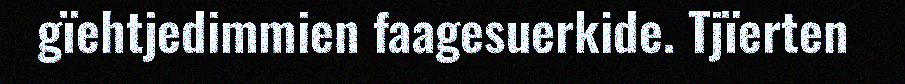
gïehtjedimmien faagesuerkide. Tjïerten